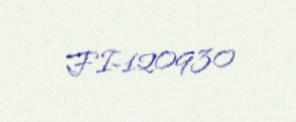
FI-120930